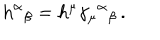
\mathrm { h } ^ { \alpha } { } _ { \beta } = h ^ { \mu } \gamma _ { \mu } { } ^ { \alpha } { } _ { \beta } \, .